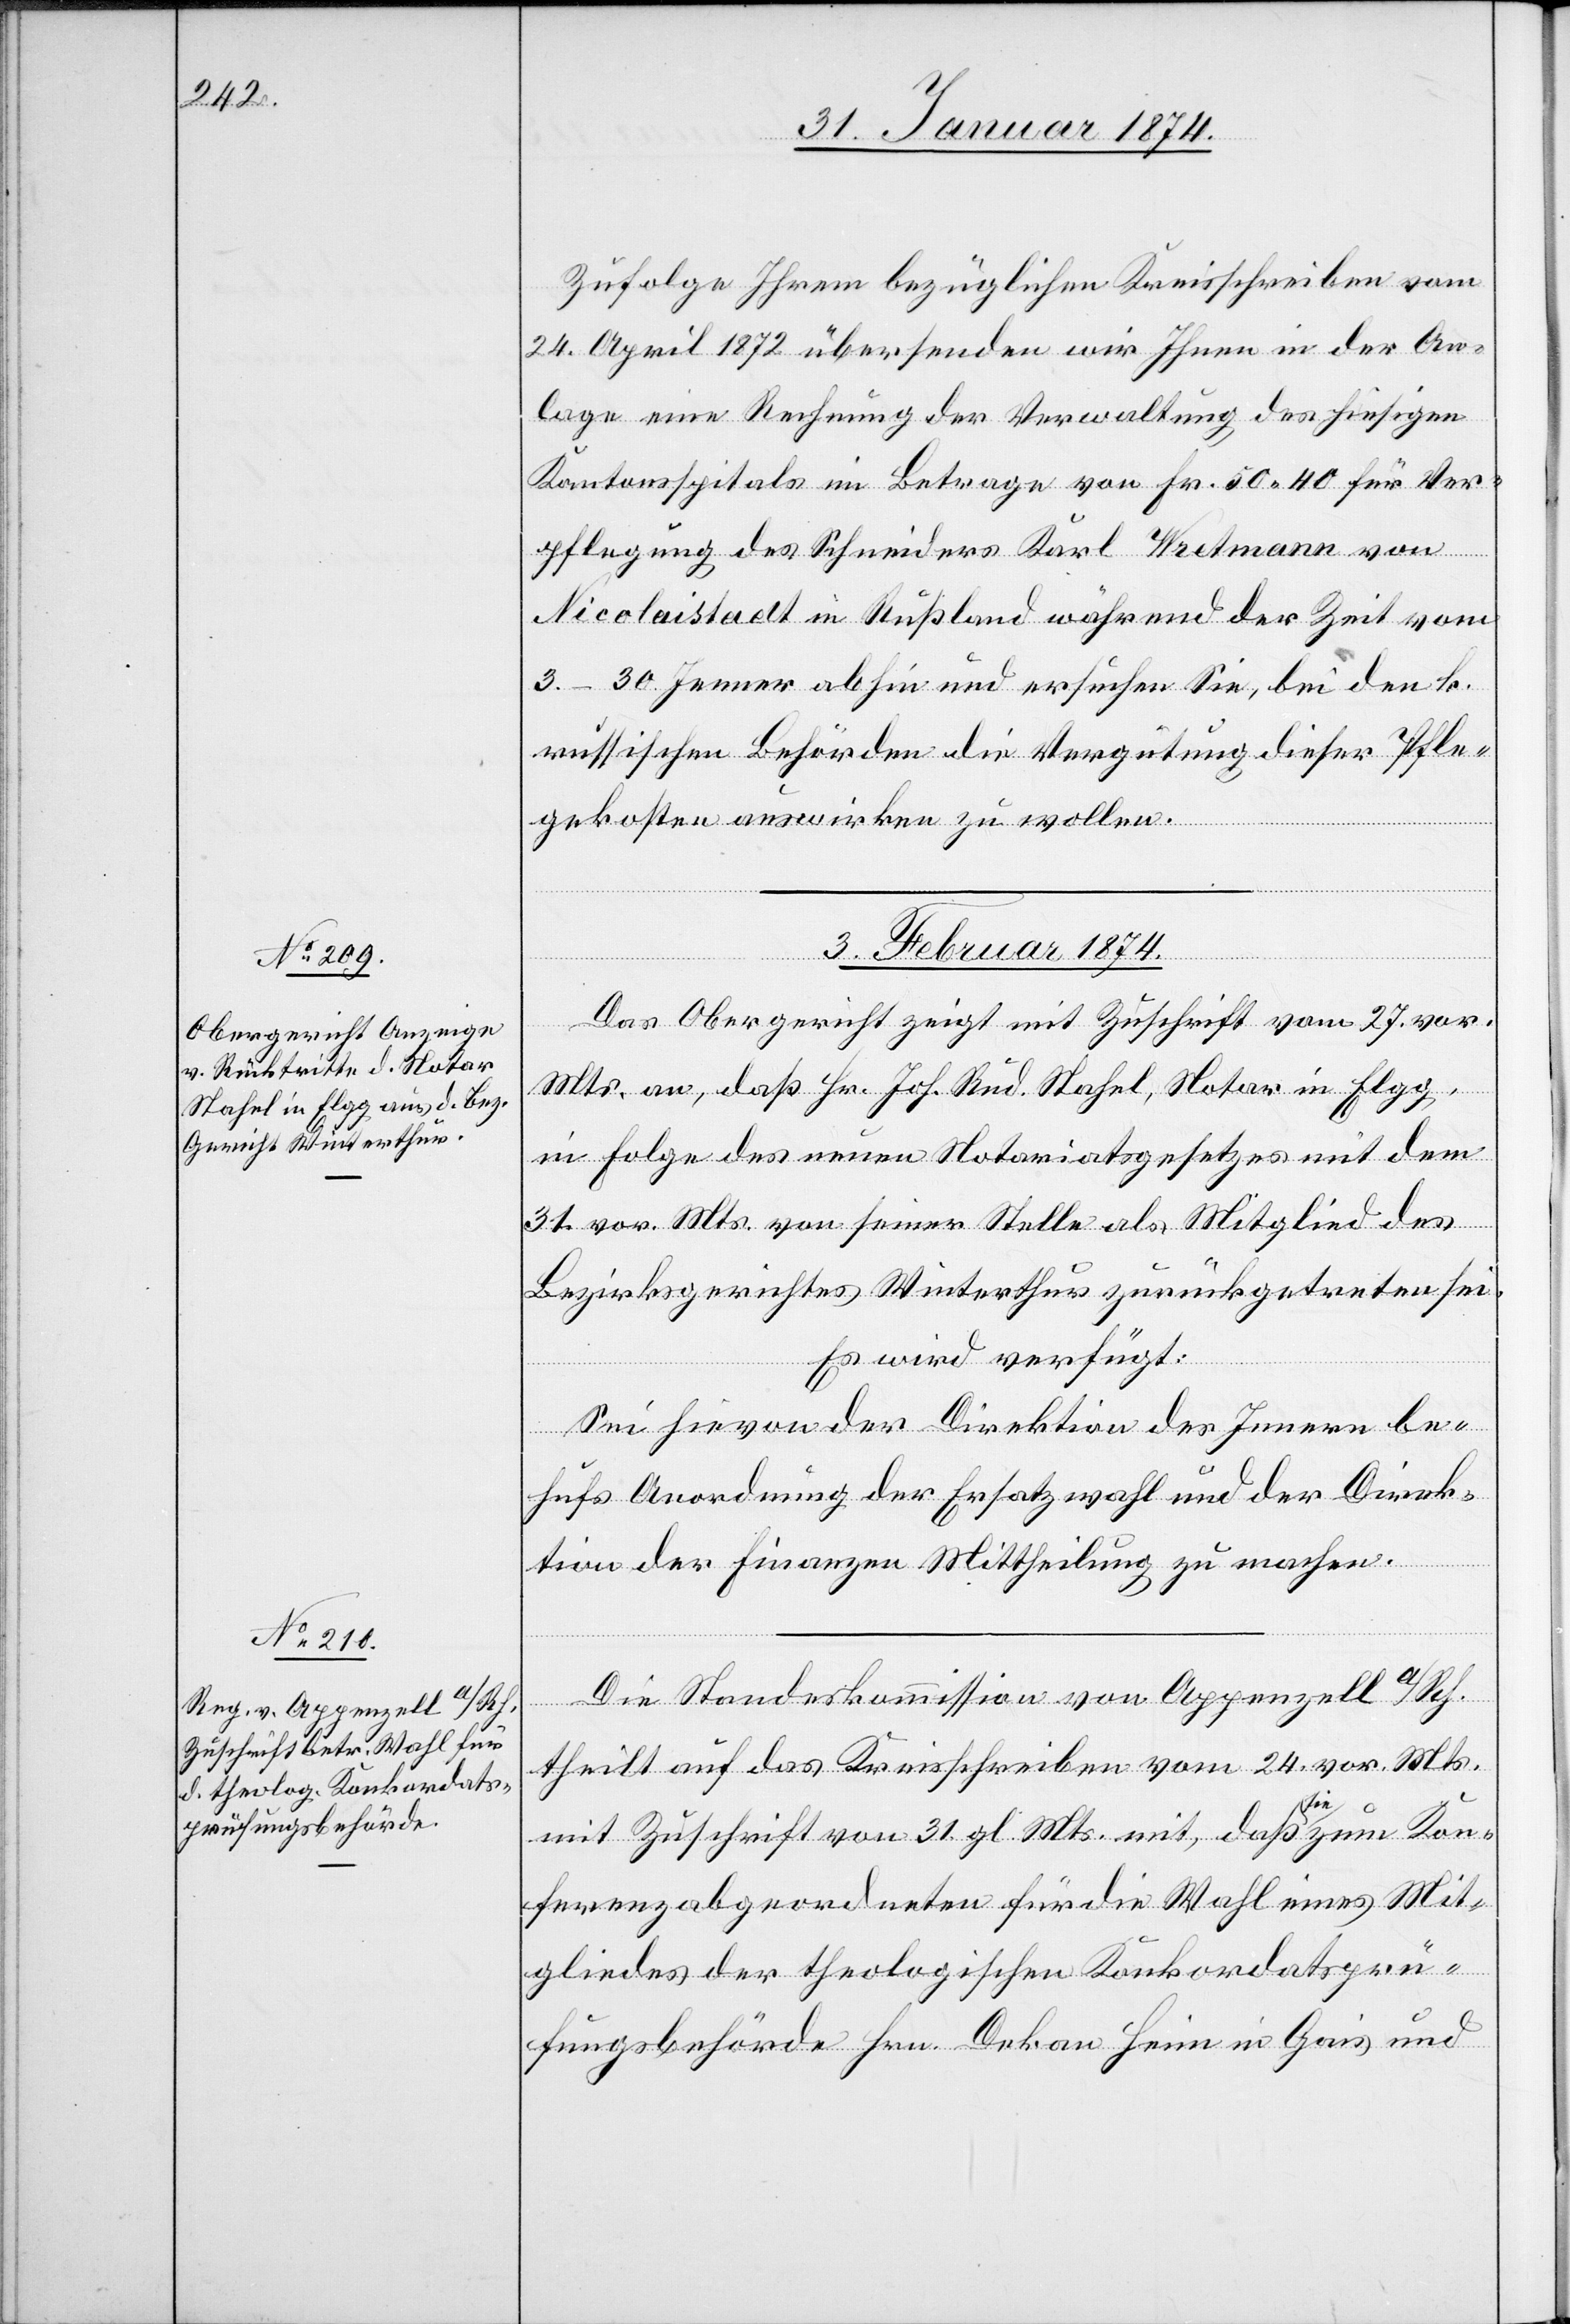
Zufolge Ihrem bezüglichen Kreisschreiben vom
24. April 1872 übersenden wir Ihnen in der An¬
lage eine Rechnung der Verwaltung des hiesigen
Kantonsspitals im Betrage von Fr. 50.40 für Ver¬
pflegung des Schneiders Karl Wretmann von
Nicolaistadt in Rußland während der Zeit vom
3.-30. Jenner abhin und ersuchen Sie, bei den k.
russischen Behörden die Vergütung dieser Pfle¬
gekosten auswirken zu wollen.
3. Februar 1874.]
Das Obergericht zeigt mit Zuschrift vom 27. vor.
Mts. an, daß Hr. Joh. Rud. Stahel, Notar in Elgg,
in Folge des neuen Notariatsgesetzes mit dem
31. vor. Mts. von seiner Stelle als Mitglied des
Bezirksgerichtes Winterthur zurückgetreten sei.
Es wird verfügt:
Sei hievon der Direktion des Innern be¬
hufs Anordnung der Ersatzwahl und der Direk¬
tion der Finanzen Mittheilung zu machen.
Die Handelskommission von Appenzell A/Rh.
theilt auf das Kreisschreiben vom 24. vor. Mts.
mit Zuschrift vom 31. gl. Mts. mit, daß sie zum Kon¬
ferenzabgeordneten für die Wahl eines Mit¬
gliedes der theologischen Konkordatsprü¬
fungsbehörde Hrn. Dekan Hein in Gais und